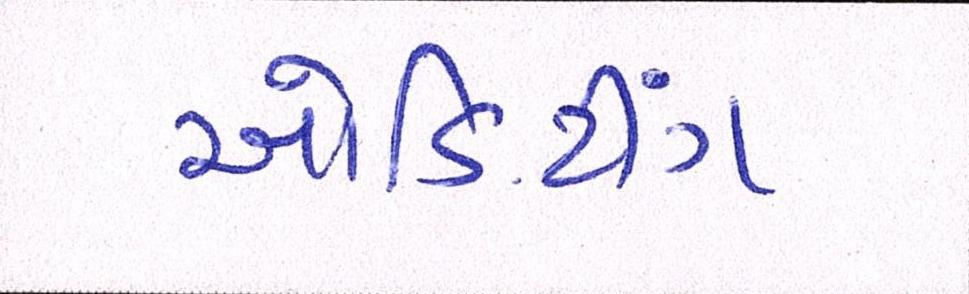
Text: ઓડિટિંગ